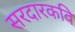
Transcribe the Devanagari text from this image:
सरदारकवि